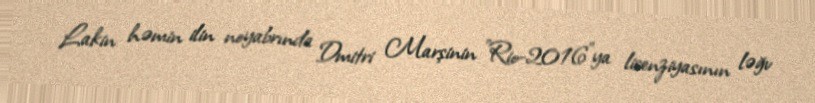
Lakin həmin ilin noyabrında Dmitri Marşinin "Rio-2016"ya lisenziyasının ləğv